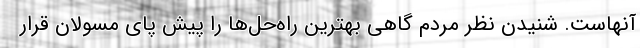
آنهاست. شنیدن نظر مردم گاهی بهترین راه‌حل‌ها را پیش پای مسولان قرار